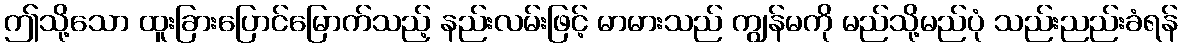
ဤသို့သော ထူးခြားပြောင်မြောက်သည့် နည်းလမ်းဖြင့် မာမားသည် ကျွန်မကို မည်သို့မည်ပုံ သည်းညည်းခံရန်